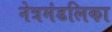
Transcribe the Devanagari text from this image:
नेत्रमंडलिका